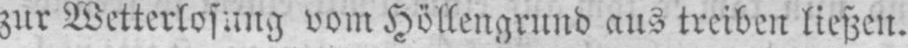
zur Wetterlosung vom Höllengrund aus treiben ließen.